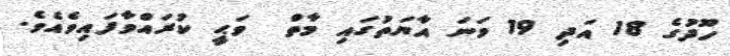
ހޫދުގެ 18 އަދި 19 ވަނަ އާޔަތުގައި މާތް  ވަޙީ ކުރައްވާފައިވެއެވެ.